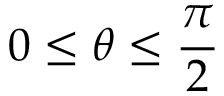
0 \leq \theta \leq \frac { \pi } { 2 }